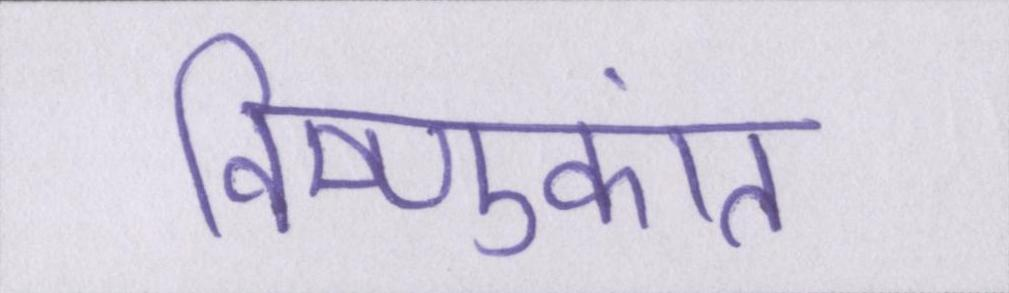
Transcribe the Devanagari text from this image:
विष्णुकांत